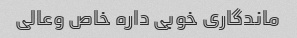
ماندگاری خوبی داره خاص وعالی